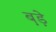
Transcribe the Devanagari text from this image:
ब़ड़े